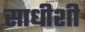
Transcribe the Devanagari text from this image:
साधीशी